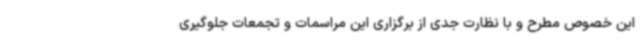
این خصوص مطرح و با نظارت جدی از برگزاری این مراسمات و تجمعات جلوگیری